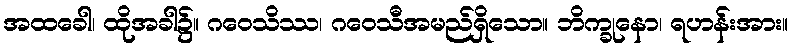
အထခေါ၊ ထိုအခါ၌။ ဂဝေသိဿ၊ ဂဝေသီအမည်ရှိသော။ ဘိက္ခုနော၊ ရဟန်းအား။